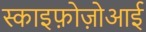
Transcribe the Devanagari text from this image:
स्काइफ़ोज़ोआई